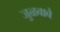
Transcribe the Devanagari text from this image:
जुळवावे